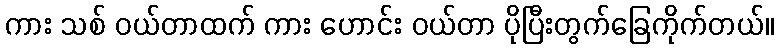
ကား သစ် ဝယ်တာထက် ကား ဟောင်း ဝယ်တာ ပိုပြီးတွက်ခြေကိုက်တယ်။